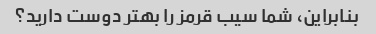
بنابراین، شما سیب قرمز را بهتر دوست دارید؟